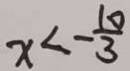
x < - \frac { 1 0 } { 3 }